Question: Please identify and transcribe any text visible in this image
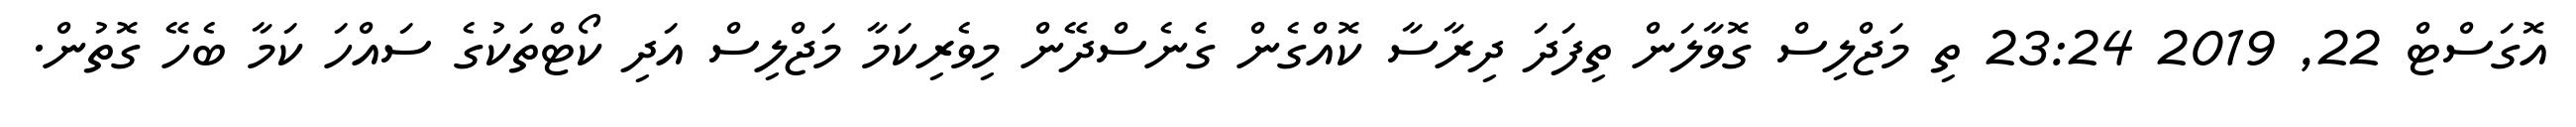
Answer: އޮގަސްޓް 22, 2019 23:24 ތި މަޖްލިސް ގޮވާލަން ތިފަދަ ދިރާސާ ކޮއްގެން ގެނެސްދޭން މިވެރިކަމާ މަޖްލިސް އަދި ކޯޓްތަކުގެ ސައްހަ ކަމާ ބެހޭ ގޮތުން.